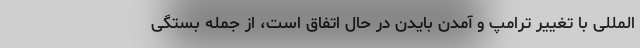
‌المللی با تغییر ترامپ و آمدن بایدن در حال اتفاق است، از جمله بستگی